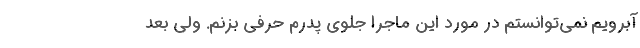
آبرویم نمی‌توانستم در مورد این ماجرا جلوی پدرم حرفی بزنم. ولی بعد